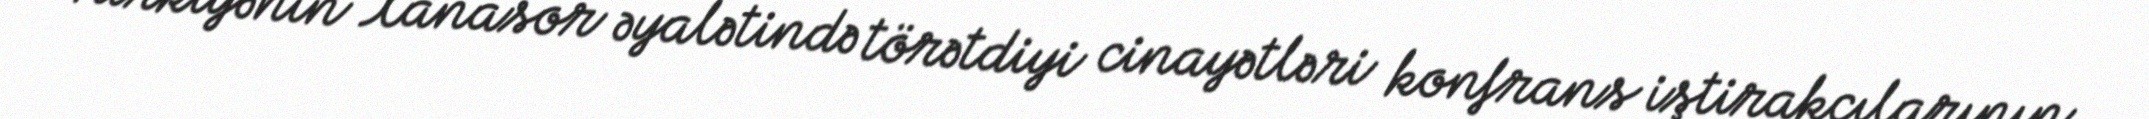
Türkiyənin Xanasor əyalətində törətdiyi cinayətləri konfrans iştirakçılarının